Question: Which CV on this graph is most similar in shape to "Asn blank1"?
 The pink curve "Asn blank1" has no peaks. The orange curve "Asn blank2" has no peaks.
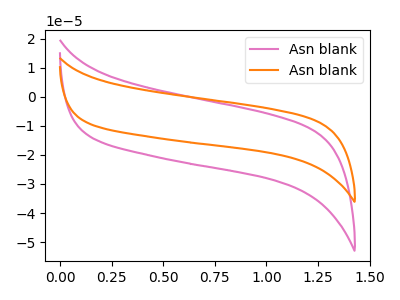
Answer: <think>Neither "Asn blank1" or "Asn blank2" have any peaks.
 </think>
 <answer>The CV with the most similar shape to "Asn blank2" is "Asn blank1".</answer>
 <eval>"Asn blank1"</eval>